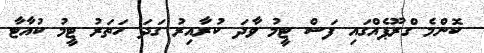
ކޮންމެ ގްރޫޕެއްގައި ފަސް ޓީމު ވާދަ ކުރާއިރު ގަދަ ހަތަރު ޓީމު ކުއާޓާ